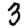
Digit: 3